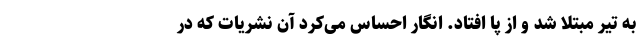
به تیر مبتلا شد و از پا افتاد. انگار احساس می‌کرد آن نشریات که در